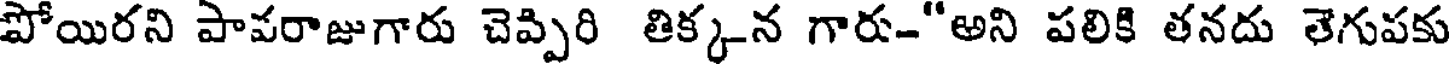
పోయిరని పాపరాజుగారు చెప్పిరి తిక్కన గార-"అని పలికి తనదు తెగుపకు